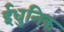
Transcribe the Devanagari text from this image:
ईधुनिक